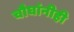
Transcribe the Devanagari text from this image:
चौघांनीही